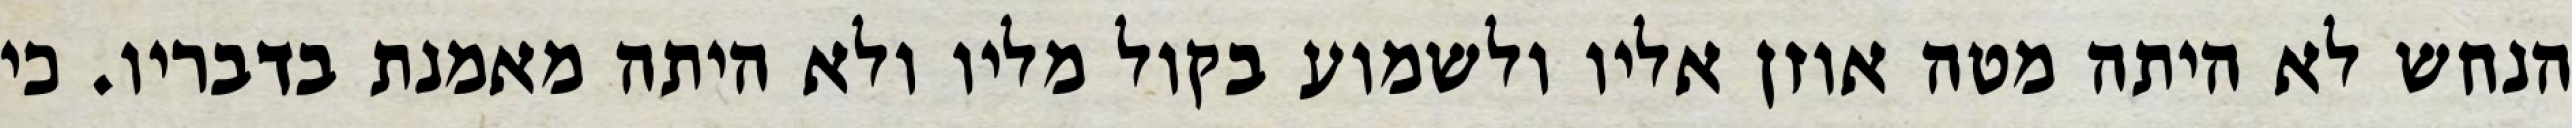
הנחש לא היתה מטה אוזן אליו ולשמוע בקול מליו ולא היתה מאמנת בדבריו. כי